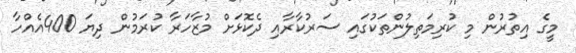
މީގެ އިތުރުން މި ކުރިމަތިލުންތަކުގައި ސަރުކާރާއި ދެކޮޅަށް މުޒާހަރާ ކުރަމުން ދިޔަ 400އެއްހާ